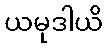
ယမုဒါယိ